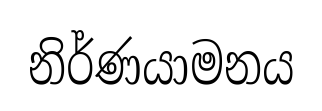
නිර්ණයාමනය